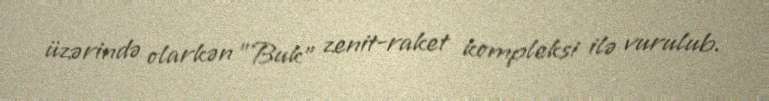
üzərində olarkən ”Buk" zenit-raket kompleksi ilə vurulub.